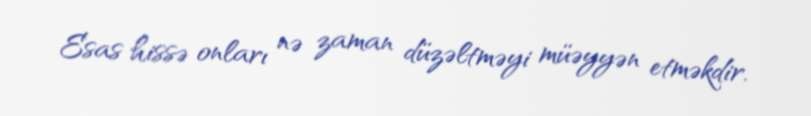
Esas hissə onları nə zaman düzəltməyi müəyyən etməkdir.